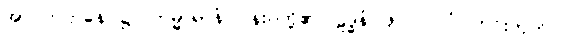
အာဂတဌာနေ၊ ၌။ ကမ္မာရာနံ၊ ပန်းပဲတို့၏။ ဠဒ္ဓနံ၊ ဖိုလ်ဝ်။ ဝံ၊ တင်းကုတ်ဝ်။